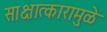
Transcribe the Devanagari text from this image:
साक्षात्कारामुळे